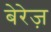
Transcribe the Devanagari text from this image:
बेरेज़